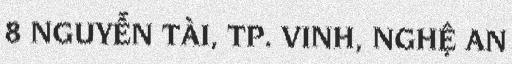
8 NGUYỄN TÀI, TP. VINH, NGHỆ AN